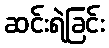
ဆင်းရဲခြင်း